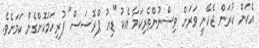
އެކަން ކުރަން ޖެހޭނީ ވަރަށް ވިސްނުންތެރިކަމާ އެކު "ޑިއު ޕްރޮސަސް" ފުރިހަމަކޮށްގެން ކަމަށެވެ.